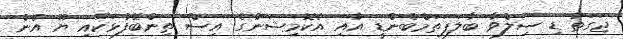
ޖަގަތު ޑި ސިލްވާ ބާލަޕަތަމްބެންޑީ އާއި އެކޮމިޝަނުގެ އިސް ތިންބޭފުޅަކާއި ޔޫ އެން